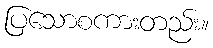
ပြသောစကားတည်း။